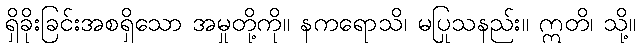
ရှိခိုးခြင်းအစရှိသော အမှုတို့ကို။ နကရောသိ၊ မပြုသနည်း။ ဣတိ၊ သို့။